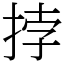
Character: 挬